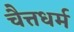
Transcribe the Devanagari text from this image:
चैत्तधर्म